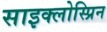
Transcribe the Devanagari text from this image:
साइक्लोस्प्रिन